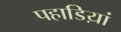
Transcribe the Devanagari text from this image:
पहाडिय़ां